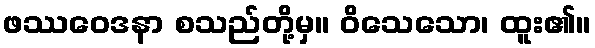
ဖဿဝေဒနာ စသည်တို့မှ။ ဝိသေသော၊ ထူး၏။